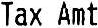
TAX AMT